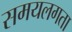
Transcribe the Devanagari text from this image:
समयलगता